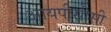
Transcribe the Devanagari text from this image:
आयपीसीसी